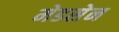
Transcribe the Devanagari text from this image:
मेडसेन